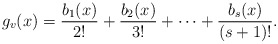
\begin{align*}g_v(x)=\frac{b_1(x)}{2!} + \frac{b_2(x)}{3!}+\dots+\frac{b_s(x)}{(s+1)!}. \end{align*}